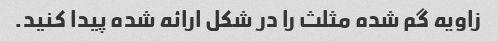
زاویه گم شده مثلث را در شکل ارائه شده پیدا کنید.